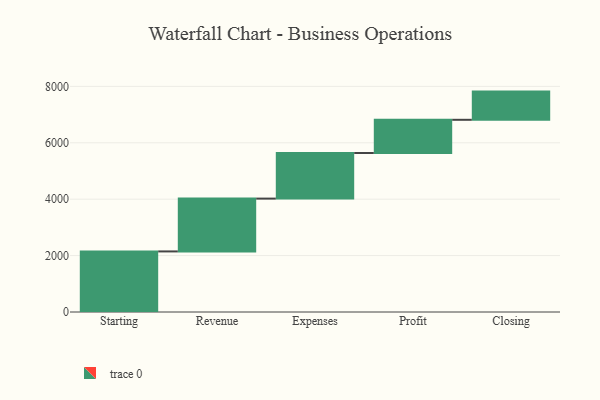
{"axis": {"x": "Step", "y": "Value"}, "legend": [""], "data": [{"x": "Starting", "y": 2148.0, "type": ""}, {"x": "Revenue", "y": 1873.0, "type": ""}, {"x": "Expenses", "y": 1616.0, "type": ""}, {"x": "Profit", "y": 1178.0, "type": ""}, {"x": "Closing", "y": 1000, "type": ""}]}